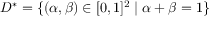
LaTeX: D ^ { * } = \{ ( \alpha , \beta ) \in [ 0 , 1 ] ^ { 2 } \mid \alpha + \beta = 1 \}